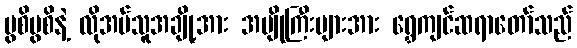
ပွစိပွစိနဲ့ လိုအပ်သူအချို့အား အပျိုကြီးများအား ရွှေကျင်ဆရာတော်သည်